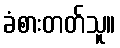
ခံစားတတ်သူ။